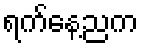
ရက်နေ့ညက